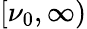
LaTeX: [\nu_{0},\infty)